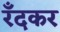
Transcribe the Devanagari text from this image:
रँदकर